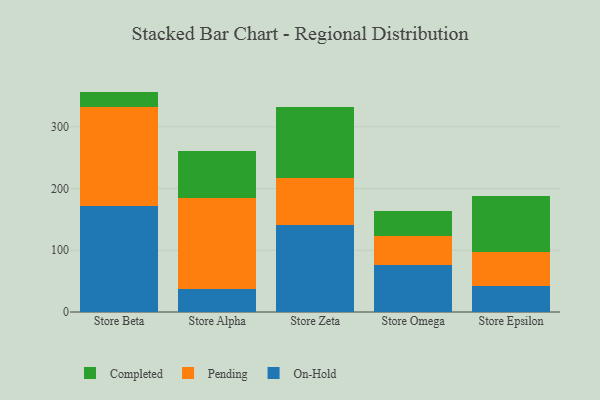
{"axis": {"x": "Store", "y": "Net Income (USD K)"}, "legend": ["Completed", "On-Hold", "Pending"], "data": [{"x": "Store Beta", "y": 172.2, "type": "On-Hold"}, {"x": "Store Beta", "y": 159.7, "type": "Pending"}, {"x": "Store Beta", "y": 25.2, "type": "Completed"}, {"x": "Store Alpha", "y": 37.7, "type": "On-Hold"}, {"x": "Store Alpha", "y": 146.6, "type": "Pending"}, {"x": "Store Alpha", "y": 76.7, "type": "Completed"}, {"x": "Store Zeta", "y": 141.5, "type": "On-Hold"}, {"x": "Store Zeta", "y": 75.4, "type": "Pending"}, {"x": "Store Zeta", "y": 115.0, "type": "Completed"}, {"x": "Store Omega", "y": 75.9, "type": "On-Hold"}, {"x": "Store Omega", "y": 47.2, "type": "Pending"}, {"x": "Store Omega", "y": 40.7, "type": "Completed"}, {"x": "Store Epsilon", "y": 41.4, "type": "On-Hold"}, {"x": "Store Epsilon", "y": 55.6, "type": "Pending"}, {"x": "Store Epsilon", "y": 90.5, "type": "Completed"}]}